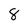
Character: 8